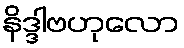
နိဒ္ဒါဗဟုလော